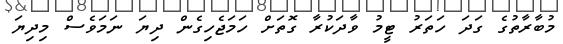
މުބާރާތުގެ ގަދަ ހަތަރު ޓީމު ވާދަކުރާ ގޮތަށް ހަމަޖެހިގެން ދިޔަ ނަމަވެސް މިދިޔަ